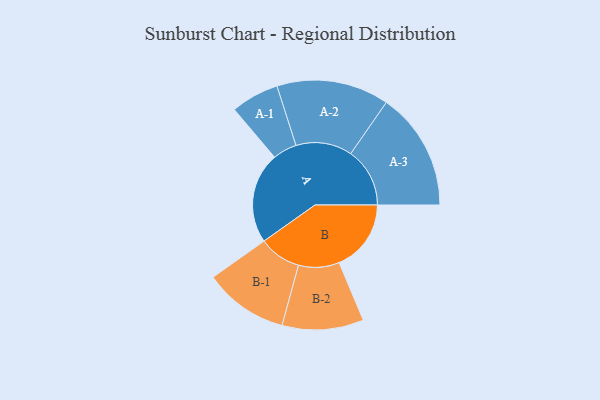
{"axis": {"x": "Segment", "y": "Value"}, "legend": ["", "A", "B"], "data": [{"x": "A", "y": 382, "type": ""}, {"x": "B", "y": 302, "type": ""}, {"x": "A-1", "y": 101, "type": "A"}, {"x": "A-2", "y": 236, "type": "A"}, {"x": "A-3", "y": 248, "type": "A"}, {"x": "B-1", "y": 177, "type": "B"}, {"x": "B-2", "y": 171, "type": "B"}]}